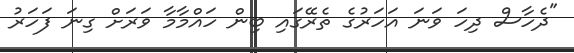
"ދެހާސް ދިހަ ވަނަ އަހަރުގެ ތެރޭގައި ބިން ހައްމާމާ ވަރަށް ގިނަ ފަހަރު